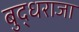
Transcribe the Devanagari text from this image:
बुद्धराजा